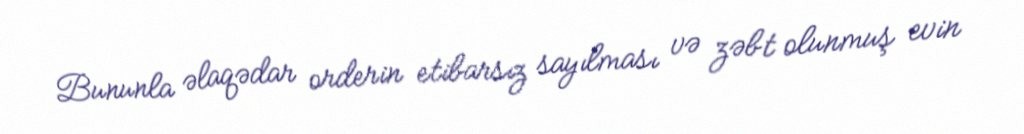
Bununla əlaqədar orderin etibarsız sayılması və zəbt olunmuş evin